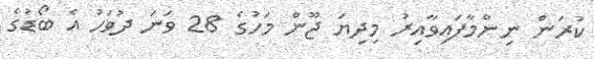
ކުރަން ނިންމާފައިވާއިރު މިދިޔަ ޖޫން މަހުގެ 28 ވަނަ ދުވަހު އެ ބޯޑުގެ